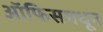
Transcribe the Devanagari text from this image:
ऑफिसमधून